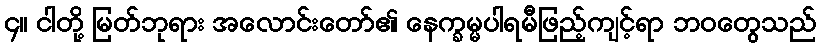
၄။ ငါတို့ မြတ်ဘုရား အလောင်းတော်၏ နေက္ခမ္မပါရမီဖြည့်ကျင့်ရာ ဘဝတွေသည်